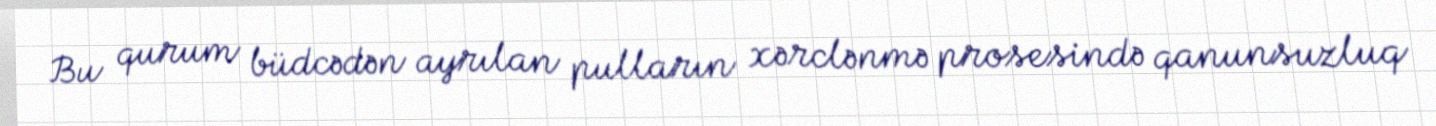
Bu qurum büdcədən ayrılan pulların xərclənmə prosesində qanunsuzluq